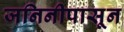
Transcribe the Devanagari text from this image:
जनिनीपासून